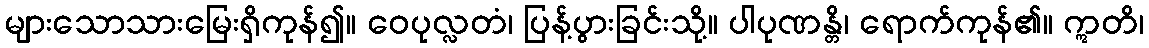
များသောသားမြေးရှိကုန်၍။ ဝေပုလ္လတံ၊ ပြန့်ပွားခြင်းသို့။ ပါပုဏန္တိ၊ ရောက်ကုန်၏။ ဣတိ၊